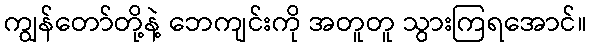
ကျွန်တော်တို့နဲ့ ဘေကျင်းကို အတူတူ သွားကြရအောင်။